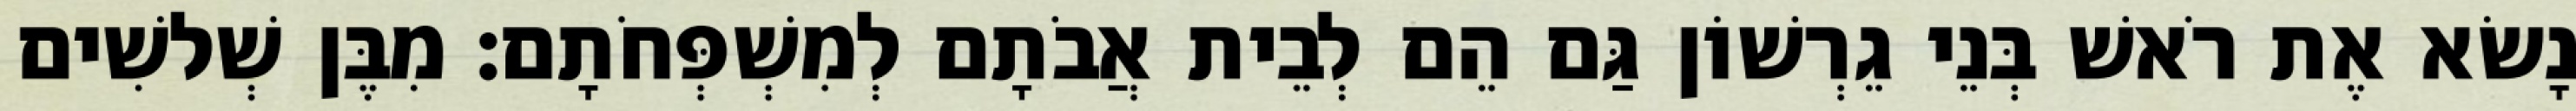
נָשׂא אֶת רֹאשׁ בְּנֵי גֵרְשׁוֹן גַּם הֵם לְבֵית אֲבֹתָם לְמִשְׁפְּחֹתָם׃ מִבֶּן שְׁלשִׁים